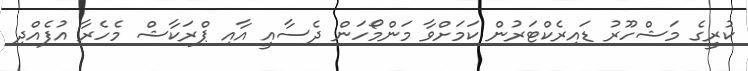
ކުރީގެ މަޝްހޫރު ޑައިރެކްޓަރުން ކަމަށްވާ މަންމޯހަން ދެސާއީ އާއި ޕްރަކާޝް މެހެރާ އުފެއްދި